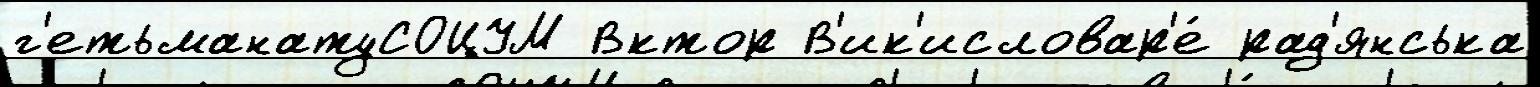
г'етьманатуСОЦУМ Вктор В'ик'исловар'е́ рад'янська